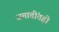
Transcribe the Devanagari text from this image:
जमातींतही